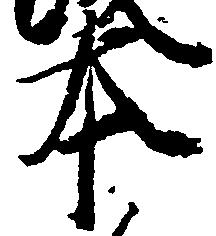
本